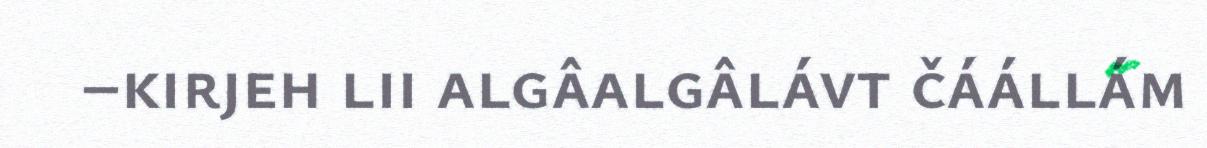
–kirjeh lii algâalgâlávt čáállám